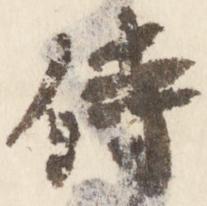
侍